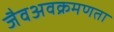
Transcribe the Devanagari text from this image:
जैवअवक्रमणता